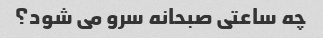
چه ساعتی صبحانه سرو می شود؟